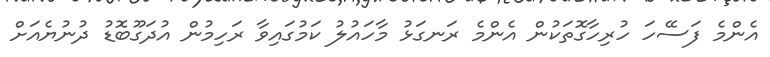
އެންމެ ފަސޭހަ ހުރިހާގޮތަކުން އެންމެ ރަނގަޅު މާހައުލު ކަމުގައިވާ ރަހިމުން އުދަގޫބޮޑު ދުނުޔެއަށް